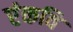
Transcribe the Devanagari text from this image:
एंकवि